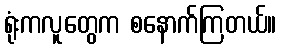
ရုံးကလူတွေက စနောက်ကြတယ်။